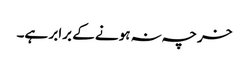
خرچہ نہ ہونے کے برابر ہے۔